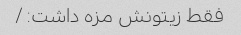
فقط زیتونش مزه داشت: /